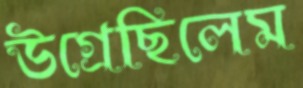
উগ্‌রেছিলেম